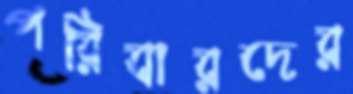
পরিবারদের